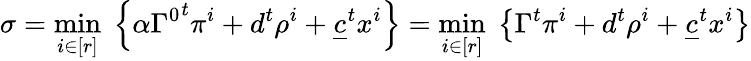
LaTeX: \sigma=\underset{i\in[r]}{\operatorname*{min}}\; \left\lbrace\alpha{\Gamma^{0}}^{t}\pi^{i}+d^{t}\rho^{i}+\underline{{c}}^{t}x^{i}\right\rbrace=\underset{i\in[r]}{\operatorname*{min}}\; \left\lbrace\Gamma^{t}\pi^{i}+d^{t}\rho^{i}+\underline{{c}}^{t}x^{i}\right\rbrace